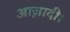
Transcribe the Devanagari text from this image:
आज़ादी।